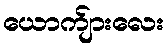
ယောက်ျားလေး